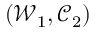
( \mathcal { W } _ { 1 } , \mathcal { C } _ { 2 } )